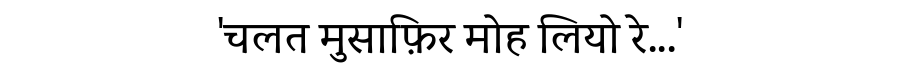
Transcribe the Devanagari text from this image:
'चलत मुसाफ़िर मोह लियो रे...'